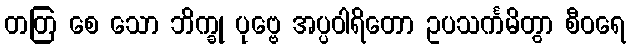
တတြ စေ သော ဘိက္ခု ပုဗ္ဗေ အပ္ပဝါရိတော ဥပသင်္ကမိတွာ စီဝရေ